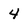
Character: 4